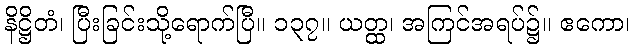
နိဋ္ဌိတံ၊ ပြီးခြင်းသို့ရောက်ပြီ။ ၁၃၇။ ယတ္ထ၊ အကြင်အရပ်၌။ ဧကော၊